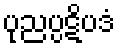
ပုညပ္ပဋိပဒံ